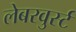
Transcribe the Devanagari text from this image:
लेबरवुर्स्ट